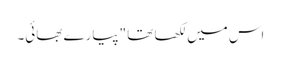
اس میں لکھا تھا "پیارے بھائی۔